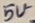
Text: 5V